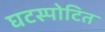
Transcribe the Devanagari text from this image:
घटस्पोटित